Insane asylums in Bengal annual reports 1876-1887 - 1876-1887
Year: 1876
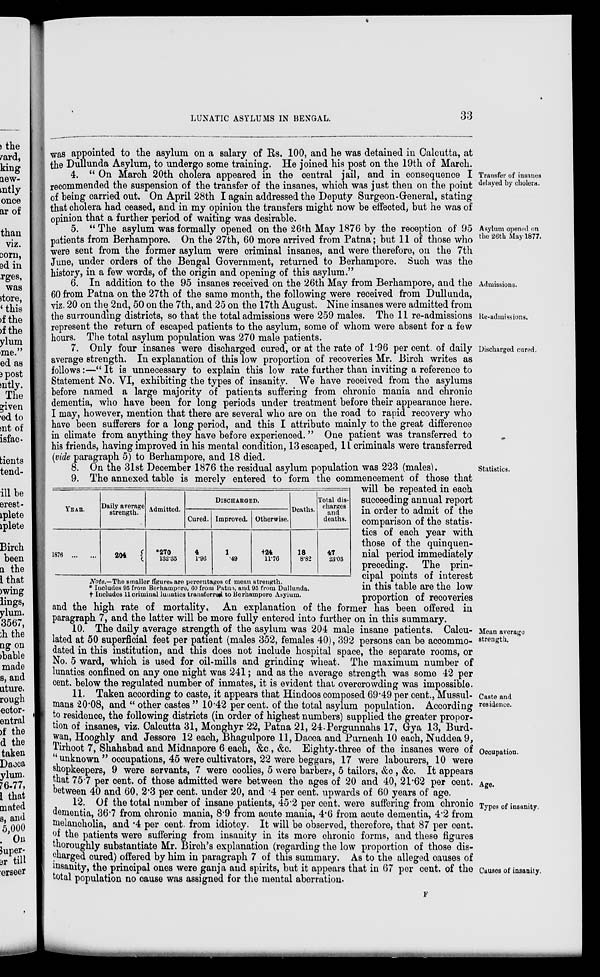
LUNATIC ASYLUMS IN BENGAL.
33
was appointed to the asylum on a salary of Rs. 100, and he was detained in Calcutta, at
the Dullunda Asylum, to undergo some training. He joined his post on the 19th of March.
Transfer of insanes
delayed by cholera.
4. “ On March 20th cholera appeared in the central jail, and in consequence I
recommended the suspension of the transfer of the insanes, which was just then on the point
of being carried out. On April 28th I again addressed the Deputy Surgeon-General, stating
that cholera had ceased, and in my opinion the transfers might now be effected, but he was of
opinion that a further period of waiting was desirable.
Asylum opened on
the 26th May 1877.
5. “ The asylum was formally opened on the 26th May 1876 by the reception of 95
patients from Berhampore. On the 27th, 60 more arrived from Patna; but 11 of those who
were sent from the former asylum were criminal insanes, and were therefore, on the 7th
June, under orders of the Bengal Government, returned to Berhampore. Such was the
history, in a few words, of the origin and opening of this asylum.”
Admissions.
Re-admissions.
6. In addition to the 95 insanes received on the 26th May from Berhampore, and the
60 from Patna on the 27th of the same month, the following were received from Dullunda,
viz. 20 on the 2nd, 50 on the 7th, and 25 on the 17th August. Nine insanes were admitted from
the surrounding districts, so that the total admissions were 259 males. The 11 re-admissions
represent the return of escaped patients to the asylum, some of whom were absent for a few
hours. The total asylum population was 270 male patients.
Discharged cured.
7. Only four insanes were discharged cured, or at the rate of 1.96 per cent. of daily
average strength. In explanation of this low proportion of recoveries Mr. Birch writes as
follows:—“ It is unnecessary to explain this low rate further than inviting a reference to
Statement No. VI, exhibiting the types of insanity. We have received from the asylums
before named a large majority of patients suffering from chronic mania and chronic
dementia, who have been for long periods under treatment before their appearance here.
I may, however, mention that there are several who are on the road to rapid recovery who
have been sufferers for a long period, and this I attribute mainly to the great difference
in climate from anything they have before experienced. ” One patient was transferred to
his friends, having improved in his mental condition, 13 escaped, 11 criminals were transferred
(vide paragraph 5) to Berhampore, and 18 died.
Statistics.
8. On the 31st December 1876 the residual asylum population was 223 (males).
YEAR.
1876
...
...
Daily average
strength.
204
Admitted.
*270
132.35
DISCHARGED.
Cured.
4
1.96
Improved.
1
.49
Otherwise.
†24
11.76
Deaths.
18
8.82
Total dis-
charges
and
deaths.
47
23.03
Note.—The smaller fIgures are percentages of mean strength.
* Includes 95 from Berhampore, 60 from Patna, and 95 from Dullunda.
† Includes 11 criminal lunatics transferred to Berhampore Asylum.
9. The annexed table is merely entered to form the commencement of those that
will be repeated in each
succeeding annual report
in order to admit of the
comparison of the statis-
tics of each year with
those of the quinquen-
nial period immediately
preceding. The prin-
cipal points of interest
in this table are the low
proportion of recoveries
and the high rate of mortality. An explanation of the former has been offered in
paragraph 7, and the latter will be more fully entered into further on in this summary.
Mean average
strength.
10. The daily average strength of the asylum was 204 male insane patients. Calcu-
lated at 50 superficial feet per patient (males 352, females 40), 392 persons can be accommo-
dated in this institution, and this does not include hospital space, the separate rooms, or
No. 5 ward, which is used for oil-mills and grinding wheat. The maximum number of
lunatics confined on any one night was 241; and as the average strength was some 42 per
cent. below the regulated number of inmates, it is evident that overcrowding was impossible.
Caste and
residence.
Occupation.
Age.
11. Taken according to caste, it appears that Hindoos composed 69.49 per cent., Mussul-
mans 20.08, and “ other castes ” 10.42 per cent. of the total asylum population. According
to residence, the following districts (in order of highest numbers) supplied the greater propor-
tion of insanes, viz. Calcutta 31, Monghyr 22, Patna 21, 24 Pergunnahs 17, Gya 13, Burd-
wan, Hooghly and Jessore 12 each, Bhagulpore 11, Dacca and Purneah 10 each, Nuddea 9,
Tirhoot 7, Shahabad and Midnapore 6 each, &c., &c. Eighty-three of the insanes were of
“unknown” occupations, 45 were cultivators, 22 were beggars, 17 were labourers, 10 were
shopkeepers, 9 were servants, 7 were coolies, 5 were barbers, 5 tailors, &c , &c. It appears
that 75.7 per cent. of those admitted were between the ages of 20 and 40, 21.62 per cent.
between 40 and 60, 2.3 per cent. under 20, and .4 per cent. upwards of 60 years of age.
Types of insanity.
Causes of insanity.
12. Of the total number of insane patients, 45.2 per cent. were suffering from chronic
dementia, 36.7 from chronic mania, 8.9 from acute mania, 4.6 from acute dementia, 4.2 from
melancholia, and .4 per cent. from idiotcy. It will be observed, therefore, that 87 per cent.
of the patients were suffering from insanity in its more chronic forms, and these figures
thoroughly substantiate Mr. Birch's explanation (regarding the low proportion of those dis-
charged cured) offered by him in paragraph 7 of this summary. As to the alleged causes of
insanity, the principal ones were ganja and spirits, but it appears that in 67 per cent. of the
total population no cause was assigned for the mental aberration.
F